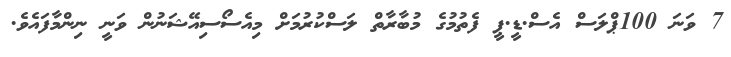
7 ވަނަ 100ޕްލަސް އެސް.ޑީ.ޕީ ފެތުމުގެ މުބާރާތް ލަސްކުރުމަށް މިއެސޯސިއޭޝަނުން ވަނީ ނިންމާފައެވެ.